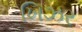
ખિઝર